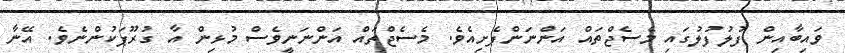
ވައިބާއިން ފުލުފުލުގައި މެސެޖްތައް އަންނަންފެށިއެވެ. މެސެޖްތައް އަންނަނީވެސް މުޅިން އާ ގުރޫޕަކުންނެވެ. އޭނާ